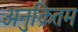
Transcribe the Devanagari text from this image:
अनुक्रितम